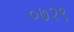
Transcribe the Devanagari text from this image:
०७२९